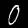
Digit: 0